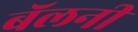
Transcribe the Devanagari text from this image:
बॅलनी